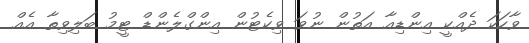
ވާހަކަ ދެއްކީ އިންޑިއާ އަތުން ނުވަ ވިކެޓުން އިންގްލެންޑް ޓީމު ބަލިވިތާ އެއް